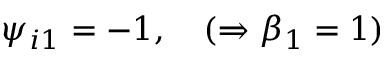
\psi _ { i 1 } = - 1 , \quad ( \Rightarrow \beta _ { 1 } = 1 )